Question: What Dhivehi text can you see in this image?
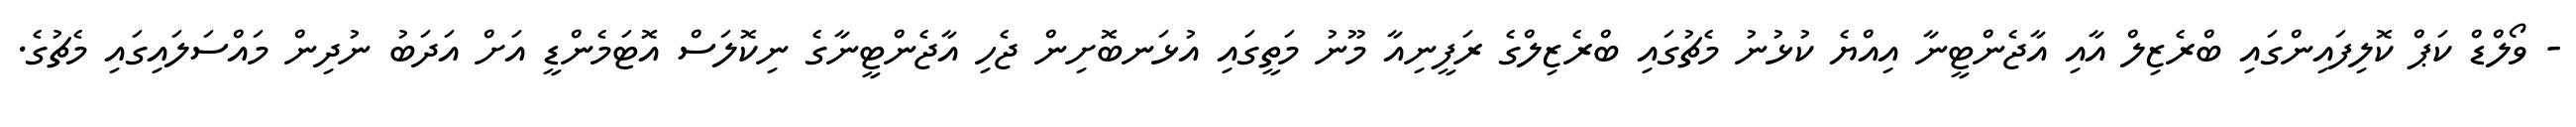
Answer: - ވޯލްޑް ކަޕް ކޮލިފައިންގައި ބްރެޒިލް އާއި އާޖެންޓީނާ އިއްޔެ ކުޅުނު މެޗުގައި ބްރެޒިލްގެ ރަފީނިއާ މޫނު މަތީގައި އުޅަނބޮށިން ޖެހި އާޖެންޓީނާގެ ނިކޮލަސް އޮޓަމެންޑީ އަށް އަދަބު ނުދިން މައްސަލައިގައި މެޗުގެ.